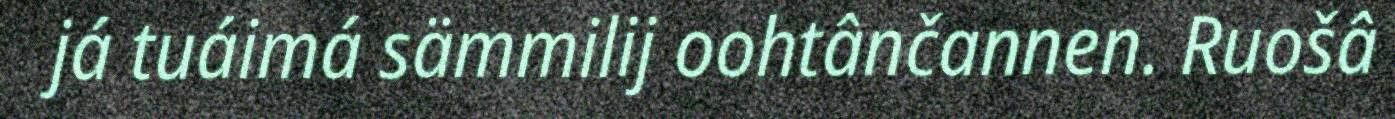
já tuáimá sämmilij oohtânčannen. Ruošâ